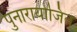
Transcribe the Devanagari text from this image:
पुनारायोजित